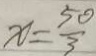
x = \frac { 5 0 } { 3 }